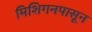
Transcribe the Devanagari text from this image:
मिशिगनपासून